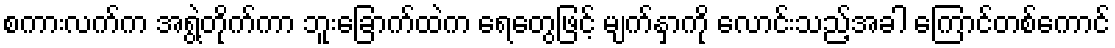
စကားလက်က အရွဲ့တိုက်ကာ ဘူးခြောက်ထဲက ရေတွေဖြင့် မျက်နှာကို လောင်းသည့်အခါ ကြောင်တစ်ကောင်